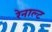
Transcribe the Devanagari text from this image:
रेनाल्ट